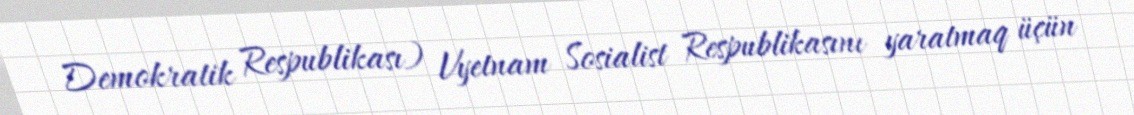
Demokratik Respublikası) Vyetnam Sosialist Respublikasını yaratmaq üçün